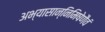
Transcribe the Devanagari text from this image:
अभ्यासान्निमिषेणैवं